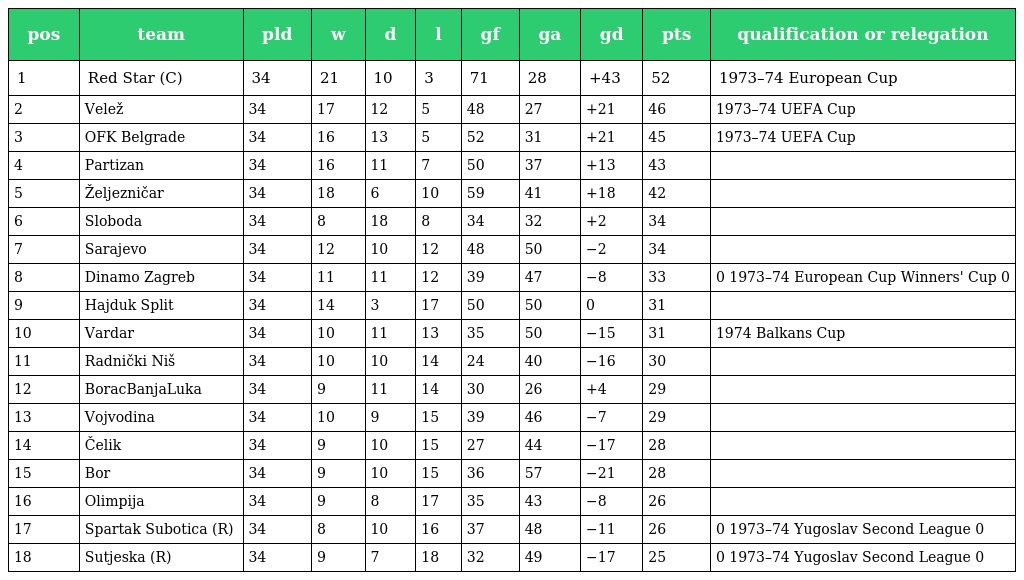
| pos | team | pld | w | d | l | gf | ga | gd | pts | qualification or relegation |
 | --- | --- | --- | --- | --- | --- | --- | --- | --- | --- | --- |
 | 1 | Red Star (C) | 34 | 21 | 10 | 3 | 71 | 28 | +43 | 52 | 1973–74 European Cup |
 | 2 | Velež | 34 | 17 | 12 | 5 | 48 | 27 | +21 | 46 | 1973–74 UEFA Cup |
 | 3 | OFK Belgrade | 34 | 16 | 13 | 5 | 52 | 31 | +21 | 45 | 1973–74 UEFA Cup |
 | 4 | Partizan | 34 | 16 | 11 | 7 | 50 | 37 | +13 | 43 |  |
 | 5 | Željezničar | 34 | 18 | 6 | 10 | 59 | 41 | +18 | 42 |  |
 | 6 | Sloboda | 34 | 8 | 18 | 8 | 34 | 32 | +2 | 34 |  |
 | 7 | Sarajevo | 34 | 12 | 10 | 12 | 48 | 50 | −2 | 34 |  |
 | 8 | Dinamo Zagreb | 34 | 11 | 11 | 12 | 39 | 47 | −8 | 33 | 0 1973–74 European Cup Winners' Cup 0 |
 | 9 | Hajduk Split | 34 | 14 | 3 | 17 | 50 | 50 | 0 | 31 |  |
 | 10 | Vardar | 34 | 10 | 11 | 13 | 35 | 50 | −15 | 31 | 1974 Balkans Cup |
 | 11 | Radnički Niš | 34 | 10 | 10 | 14 | 24 | 40 | −16 | 30 |  |
 | 12 | BoracBanjaLuka | 34 | 9 | 11 | 14 | 30 | 26 | +4 | 29 |  |
 | 13 | Vojvodina | 34 | 10 | 9 | 15 | 39 | 46 | −7 | 29 |  |
 | 14 | Čelik | 34 | 9 | 10 | 15 | 27 | 44 | −17 | 28 |  |
 | 15 | Bor | 34 | 9 | 10 | 15 | 36 | 57 | −21 | 28 |  |
 | 16 | Olimpija | 34 | 9 | 8 | 17 | 35 | 43 | −8 | 26 |  |
 | 17 | Spartak Subotica (R) | 34 | 8 | 10 | 16 | 37 | 48 | −11 | 26 | 0 1973–74 Yugoslav Second League 0 |
 | 18 | Sutjeska (R) | 34 | 9 | 7 | 18 | 32 | 49 | −17 | 25 | 0 1973–74 Yugoslav Second League 0 |